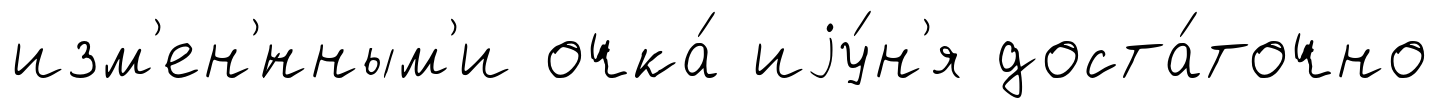
изм'ен'́нным'и очка́ иjу́н'я доста́точно